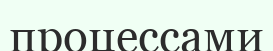
процессами